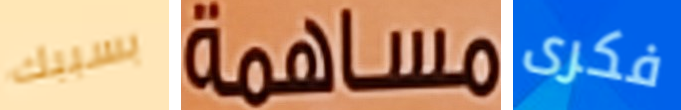
بسببك مساهمة فكرى